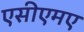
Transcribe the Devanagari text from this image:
एसीएमए